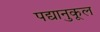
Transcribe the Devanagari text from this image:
पद्यानुकूल